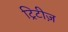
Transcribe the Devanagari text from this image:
ट्रिटीज़